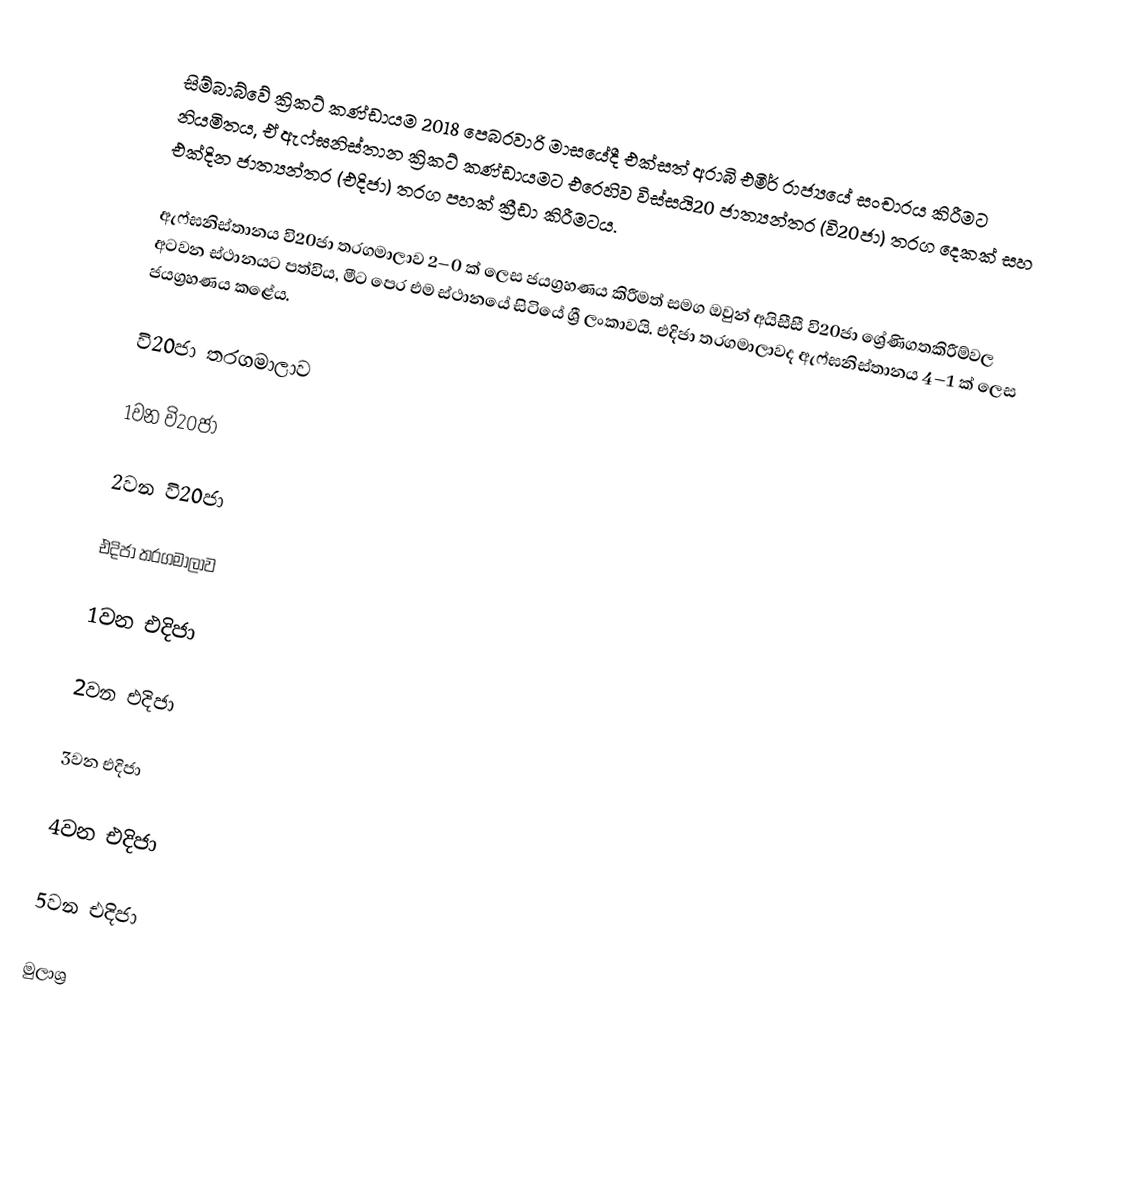
සිම්බාබ්වේ ක්‍රිකට් කණ්ඩායම 2018 පෙබරවාරි මාසයේදී එක්සත් අරාබි එමීර් රාජ්‍යයේ සංචාරය කිරීමට නියමිතය, ඒ ඇෆ්ඝනිස්තාන ක්‍රිකට් කණ්ඩායමට එරෙහිව විස්සයි20 ජාත්‍යන්තර (වි20ජා) තරග දෙකක් සහ එක්දින ජාත්‍යන්තර (එදිජා) තරග පහක් ක්‍රීඩා කිරීමටය.

ඇෆ්ඝනිස්තානය වි20ජා තරගමාලාව 2–0 ක් ලෙස ජයග්‍රහණය කිරීමත් සමග ඔවුන් අයිසීසී වි20ජා ශ්‍රේණිගතකිරීම්වල අටවන ස්ථානයට පත්විය, මීට පෙර එම ස්ථානයේ සිටියේ ශ්‍රී ලංකාවයි. එදිජා තරගමාලාවද ඇෆ්ඝනිස්තානය 4–1 ක් ලෙස ජයග්‍රහණය කළේය.

වි20ජා තරගමාලාව

1වන වි20ජා

2වන වි20ජා

එදිජා තරගමාලාව

1වන එදිජා

2වන එදිජා

3වන එදිජා

4වන එදිජා

5වන එදිජා

මුලාශ්‍ර